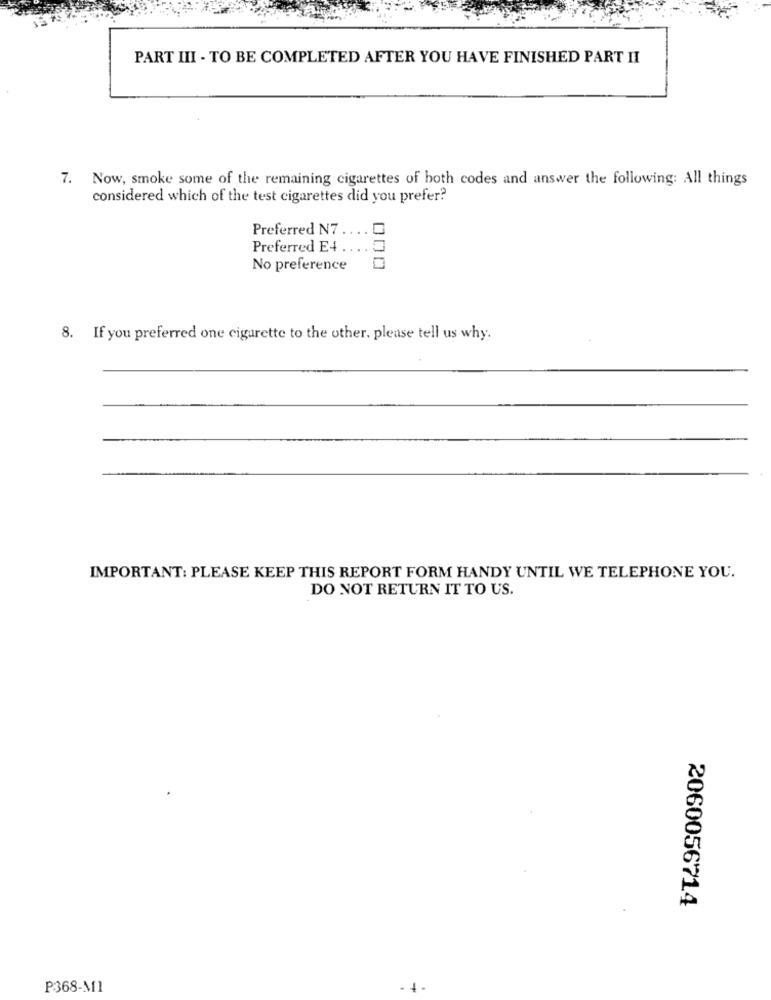
PART III - TO BE COMPLETED AFTER YOU HAVE FINISHED PART II
7. Now, smoke some of the remaining cigarettes of both codes and answer the following: All things
considered which of the test cigarettes did you prefer?
Preferred N7
Preferred E4 .
No preference
8. If you preferred one cigarette to the other, please tell us why.
IMPORTANT: PLEASE KEEP THIS REPORT FORM HANDY UNTIL WE TELEPHONE YOU.
DO NOT RETURN IT TO US.
2060056714
P368-M1